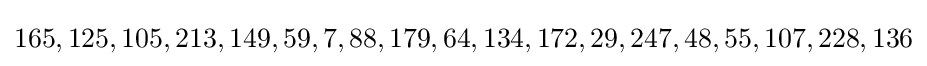
165,125,105,213,149,59,7,88,179,64,134,172,29,247,48,55,107,228,136